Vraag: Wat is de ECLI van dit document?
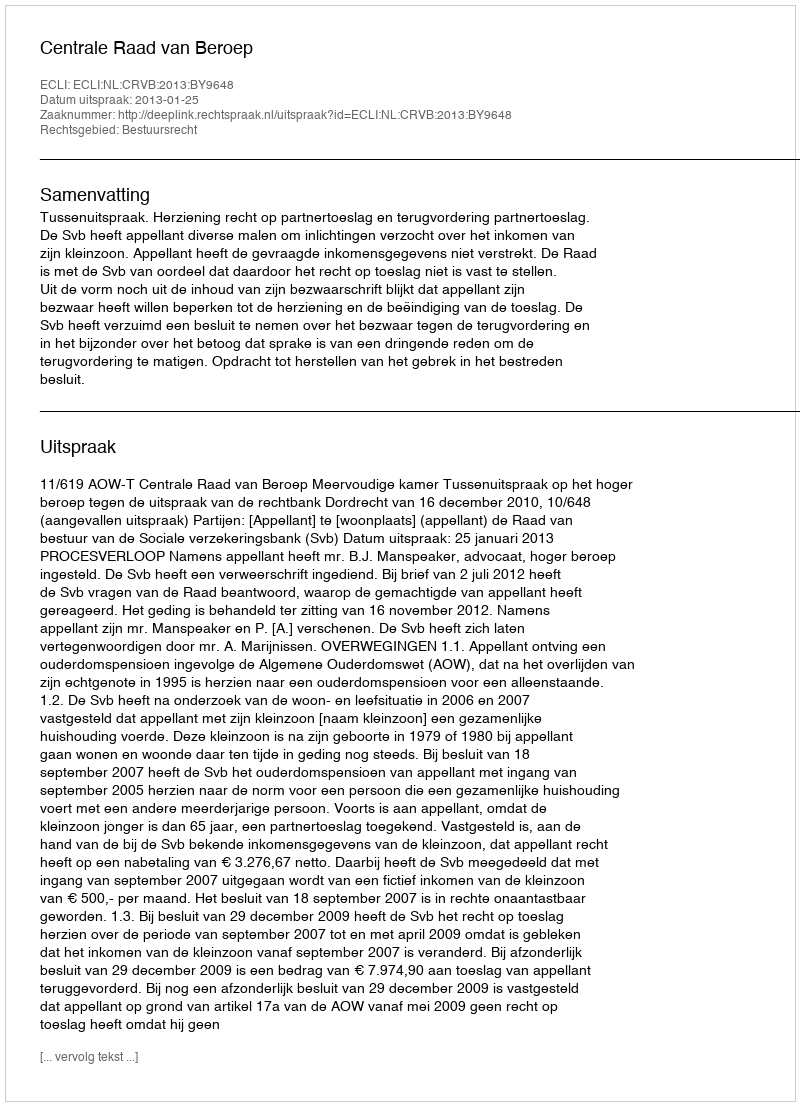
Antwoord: ECLI:NL:CRVB:2013:BY9648